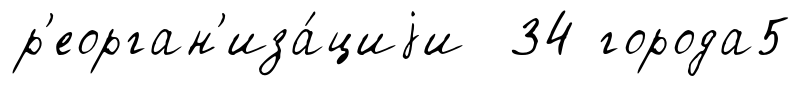
р'еорган'иза́циjи 34 города5